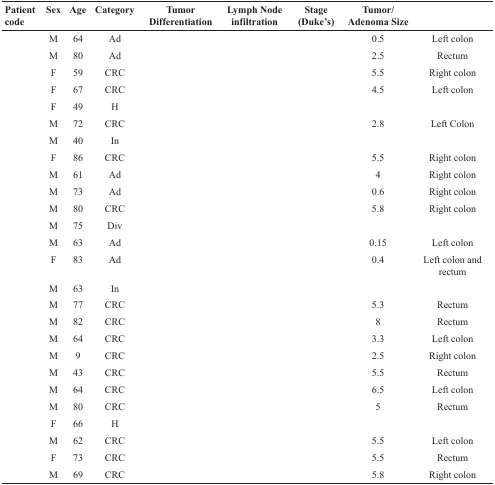
<table><thead><tr><td><b>Patient code</b></td><td><b>Sex</b></td><td><b>Age</b></td><td><b>Category</b></td><td><b>Tumor Differentiation</b></td><td><b>Lymph Node infiltration</b></td><td><b>Stage (Duke’s)</b></td><td><b>Tumor/ Adenoma Size</b></td><td>[EMPTY_CELL]</td></tr></thead><tbody><tr><td>[EMPTY_CELL]</td><td>M</td><td>64</td><td>Ad</td><td>[EMPTY_CELL]</td><td>[EMPTY_CELL]</td><td>[EMPTY_CELL]</td><td>0.5</td><td>Left colon</td></tr><tr><td>[EMPTY_CELL]</td><td>M</td><td>80</td><td>Ad</td><td>[EMPTY_CELL]</td><td>[EMPTY_CELL]</td><td>[EMPTY_CELL]</td><td>2.5</td><td>Rectum</td></tr><tr><td>[EMPTY_CELL]</td><td>F</td><td>59</td><td>CRC</td><td>[EMPTY_CELL]</td><td>[EMPTY_CELL]</td><td>[EMPTY_CELL]</td><td>5.5</td><td>Right colon</td></tr><tr><td>[EMPTY_CELL]</td><td>F</td><td>67</td><td>CRC</td><td>[EMPTY_CELL]</td><td>[EMPTY_CELL]</td><td>[EMPTY_CELL]</td><td>4.5</td><td>Left colon</td></tr><tr><td>[EMPTY_CELL]</td><td>F</td><td>49</td><td>H</td><td>[EMPTY_CELL]</td><td>[EMPTY_CELL]</td><td>[EMPTY_CELL]</td><td>[EMPTY_CELL]</td><td>[EMPTY_CELL]</td></tr><tr><td>[EMPTY_CELL]</td><td>M</td><td>72</td><td>CRC</td><td>[EMPTY_CELL]</td><td>[EMPTY_CELL]</td><td>[EMPTY_CELL]</td><td>2.8</td><td>Left Colon</td></tr><tr><td>[EMPTY_CELL]</td><td>M</td><td>40</td><td>In</td><td>[EMPTY_CELL]</td><td>[EMPTY_CELL]</td><td>[EMPTY_CELL]</td><td>[EMPTY_CELL]</td><td>[EMPTY_CELL]</td></tr><tr><td>[EMPTY_CELL]</td><td>F</td><td>86</td><td>CRC</td><td>[EMPTY_CELL]</td><td>[EMPTY_CELL]</td><td>[EMPTY_CELL]</td><td>5.5</td><td>Right colon</td></tr><tr><td>[EMPTY_CELL]</td><td>M</td><td>61</td><td>Ad</td><td>[EMPTY_CELL]</td><td>[EMPTY_CELL]</td><td>[EMPTY_CELL]</td><td>4</td><td>Right colon</td></tr><tr><td>[EMPTY_CELL]</td><td>M</td><td>73</td><td>Ad</td><td>[EMPTY_CELL]</td><td>[EMPTY_CELL]</td><td>[EMPTY_CELL]</td><td>0.6</td><td>Right colon</td></tr><tr><td>[EMPTY_CELL]</td><td>M</td><td>80</td><td>CRC</td><td>[EMPTY_CELL]</td><td>[EMPTY_CELL]</td><td>[EMPTY_CELL]</td><td>5.8</td><td>Right colon</td></tr><tr><td>[EMPTY_CELL]</td><td>M</td><td>75</td><td>Div</td><td>[EMPTY_CELL]</td><td>[EMPTY_CELL]</td><td>[EMPTY_CELL]</td><td>[EMPTY_CELL]</td><td>[EMPTY_CELL]</td></tr><tr><td>[EMPTY_CELL]</td><td>M</td><td>63</td><td>Ad</td><td>[EMPTY_CELL]</td><td>[EMPTY_CELL]</td><td>[EMPTY_CELL]</td><td>0.15</td><td>Left colon</td></tr><tr><td>[EMPTY_CELL]</td><td>F</td><td>83</td><td>Ad</td><td>[EMPTY_CELL]</td><td>[EMPTY_CELL]</td><td>[EMPTY_CELL]</td><td>0.4</td><td>Left colon and rectum</td></tr><tr><td>[EMPTY_CELL]</td><td>M</td><td>63</td><td>In</td><td>[EMPTY_CELL]</td><td>[EMPTY_CELL]</td><td>[EMPTY_CELL]</td><td>[EMPTY_CELL]</td><td>[EMPTY_CELL]</td></tr><tr><td>[EMPTY_CELL]</td><td>M</td><td>77</td><td>CRC</td><td>[EMPTY_CELL]</td><td>[EMPTY_CELL]</td><td>[EMPTY_CELL]</td><td>5.3</td><td>Rectum</td></tr><tr><td>[EMPTY_CELL]</td><td>M</td><td>82</td><td>CRC</td><td>[EMPTY_CELL]</td><td>[EMPTY_CELL]</td><td>[EMPTY_CELL]</td><td>8</td><td>Rectum</td></tr><tr><td>[EMPTY_CELL]</td><td>M</td><td>64</td><td>CRC</td><td>[EMPTY_CELL]</td><td>[EMPTY_CELL]</td><td>[EMPTY_CELL]</td><td>3.3</td><td>Left colon</td></tr><tr><td>[EMPTY_CELL]</td><td>M</td><td>9</td><td>CRC</td><td>[EMPTY_CELL]</td><td>[EMPTY_CELL]</td><td>[EMPTY_CELL]</td><td>2.5</td><td>Right colon</td></tr><tr><td>[EMPTY_CELL]</td><td>M</td><td>43</td><td>CRC</td><td>[EMPTY_CELL]</td><td>[EMPTY_CELL]</td><td>[EMPTY_CELL]</td><td>5.5</td><td>Rectum</td></tr><tr><td>[EMPTY_CELL]</td><td>M</td><td>64</td><td>CRC</td><td>[EMPTY_CELL]</td><td>[EMPTY_CELL]</td><td>[EMPTY_CELL]</td><td>6.5</td><td>Left colon</td></tr><tr><td>[EMPTY_CELL]</td><td>M</td><td>80</td><td>CRC</td><td>[EMPTY_CELL]</td><td>[EMPTY_CELL]</td><td>[EMPTY_CELL]</td><td>5</td><td>Rectum</td></tr><tr><td>[EMPTY_CELL]</td><td>F</td><td>66</td><td>H</td><td>[EMPTY_CELL]</td><td>[EMPTY_CELL]</td><td>[EMPTY_CELL]</td><td>[EMPTY_CELL]</td><td>[EMPTY_CELL]</td></tr><tr><td>[EMPTY_CELL]</td><td>M</td><td>62</td><td>CRC</td><td>[EMPTY_CELL]</td><td>[EMPTY_CELL]</td><td>[EMPTY_CELL]</td><td>5.5</td><td>Left colon</td></tr><tr><td>[EMPTY_CELL]</td><td>F</td><td>73</td><td>CRC</td><td>[EMPTY_CELL]</td><td>[EMPTY_CELL]</td><td>[EMPTY_CELL]</td><td>5.5</td><td>Rectum</td></tr><tr><td>[EMPTY_CELL]</td><td>M</td><td>69</td><td>CRC</td><td>[EMPTY_CELL]</td><td>[EMPTY_CELL]</td><td>[EMPTY_CELL]</td><td>5.8</td><td>Right colon</td></tr></tbody></table>